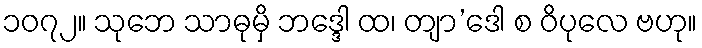
၁၀၇၂။ သုဘေ သာဓုမှိ ဘဒ္ဒေါ ထ၊ တျာ’ဒေါ စ ဝိပုလေ ဗဟု။